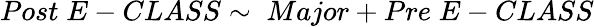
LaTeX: Post\; E-CLASS\sim\; Major+Pre\; E-CLASS